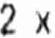
2 X